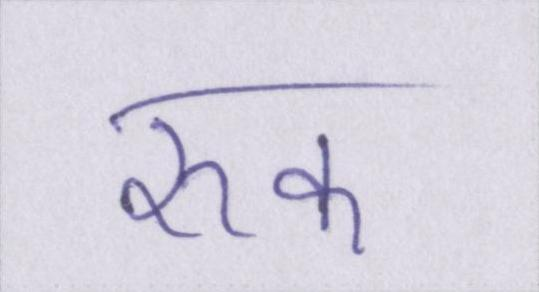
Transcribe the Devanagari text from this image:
रुक